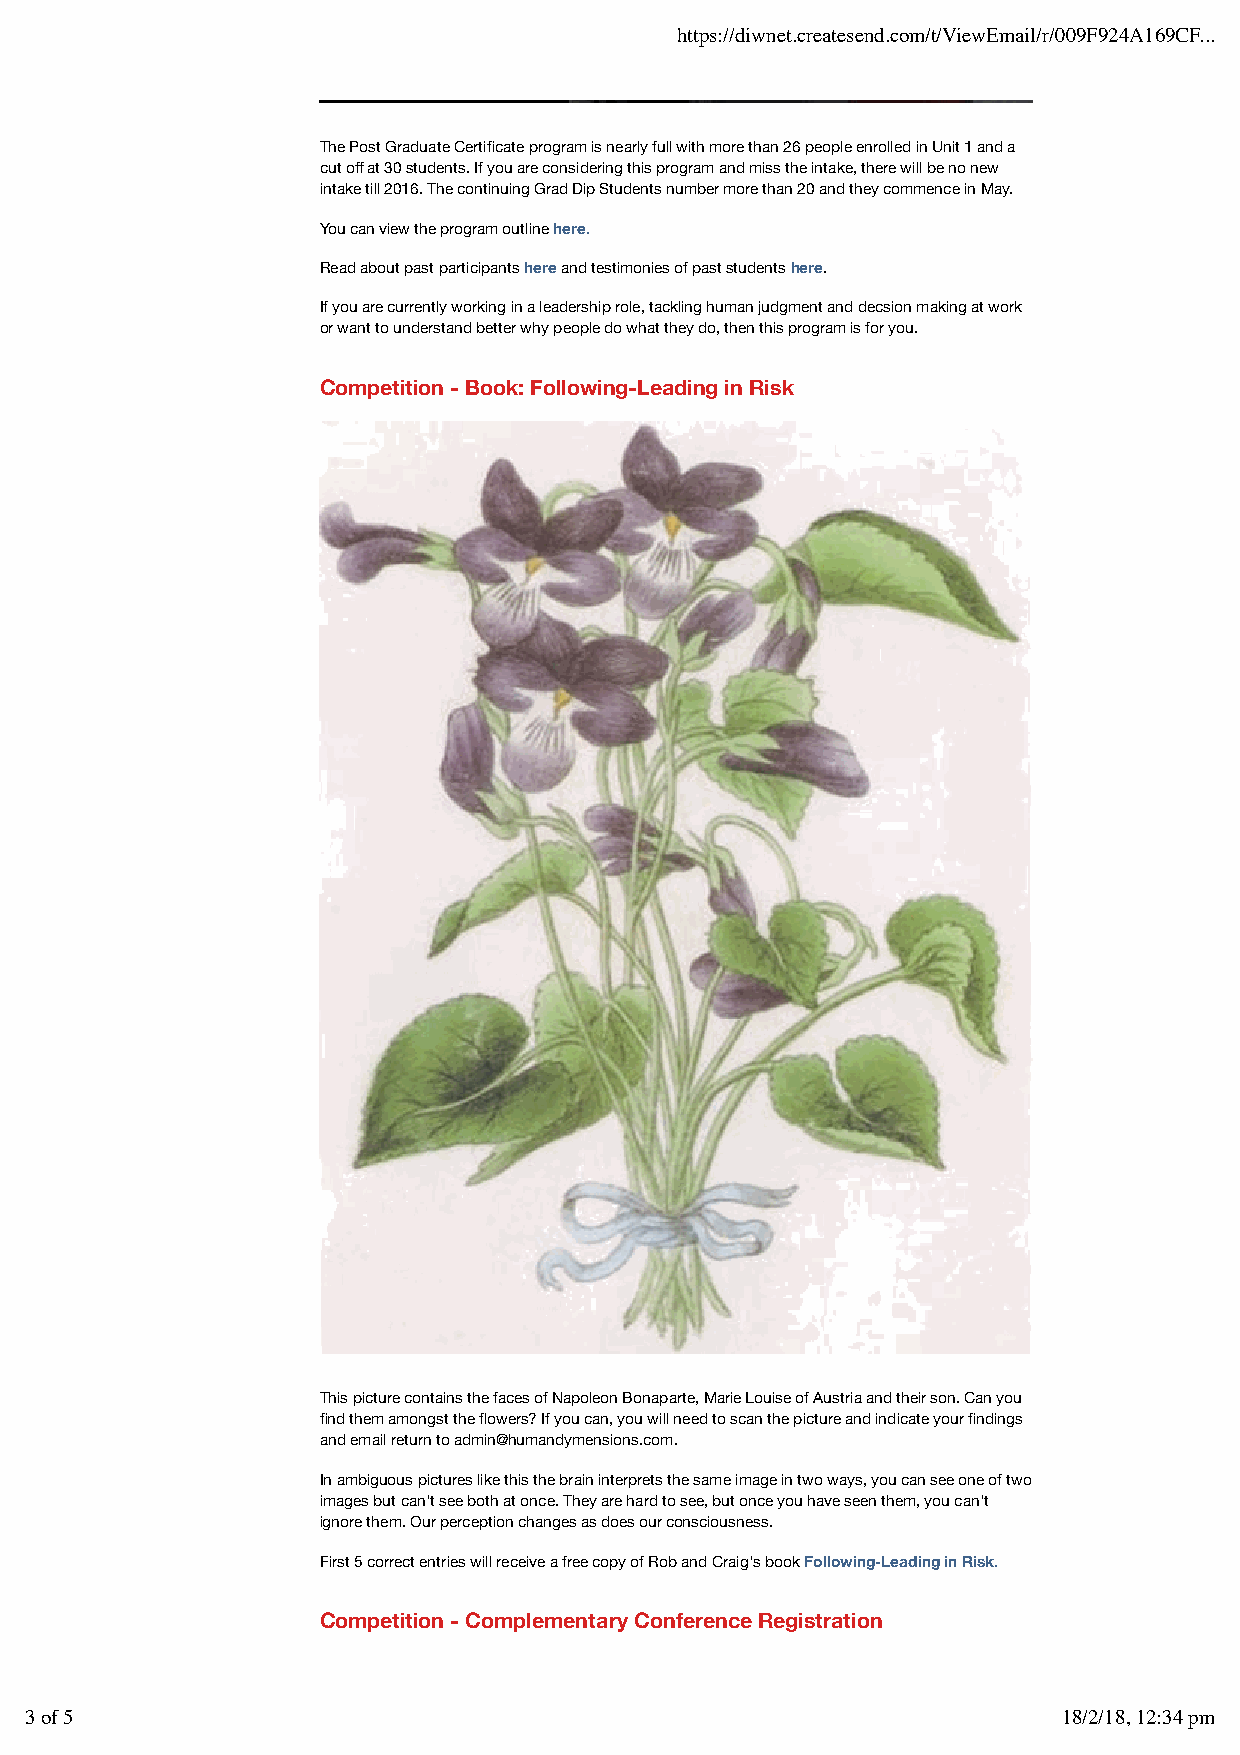
https://diwnet.createsend.com/t/ViewEmail/r/009F924A169CF...
 The Post Graduate Certificate program is nearly full with more than 26 people enrolled in Unit 1 and a
 cut off at 30 students. If you are considering this program and miss the intake, there will be no new
 intake till 2016. The continuing Grad Dip Students number more than 20 and they commence in May.
 You can view the program outline here.
 Read about past participants here and testimonies of past students here.
 If you are currently working in a leadership role, tackling human judgment and decsion making at work
 or want to understand better why people do what they do, then this program is for you.
 Competition - Book: Following-Leading in Risk
 This picture contains the faces of Napoleon Bonaparte, Marie Louise of Austria and their son. Can you
 find them amongst the flowers? If you can, you will need to scan the picture and indicate your findings
 and email return to admin@humandymensions.com.
 In ambiguous pictures like this the brain interprets the same image in two ways, you can see one of two
 images but can't see both at once. They are hard to see, but once you have seen them, you can't
 ignore them. Our perception changes as does our consciousness.
 First 5 correct entries will receive a free copy of Rob and Craig's book Following-Leading in Risk.
 Competition - Complementary Conference Registration
 3 of 5                                                              18/2/18, 12:34 pm